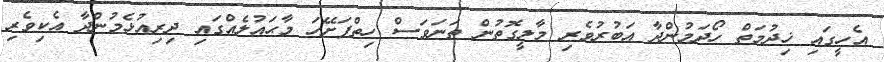
އެހީގައި ޚިދުމަތް ހޯދަމުންދާ އަބުރުވެރި މާލީގޮތުން ތަނަވަސް ހިތްފަށޭހަ މާޙައުލެއްގައި ދިރިއުޅެމުންދާ އެކިވެރި